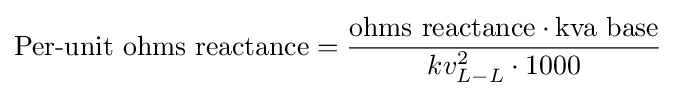
{\text{Per-unit ohms reactance}}={\frac {{\text{ohms reactance}}\cdot {\text{kva base}}}{kv_{L-L}^{2}\cdot 1000}}